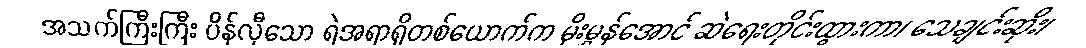
အသက်ကြီးကြီး ပိန်လှီသော ရဲအရာရှိတစ်ယောက်က မိုးမွှန်အောင် ဆဲရေးတိုင်းထွားကာ၊ သေချင်းဆိုး၊